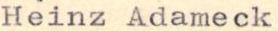
Heinz Adameck